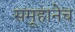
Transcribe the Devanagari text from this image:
समूहानेच